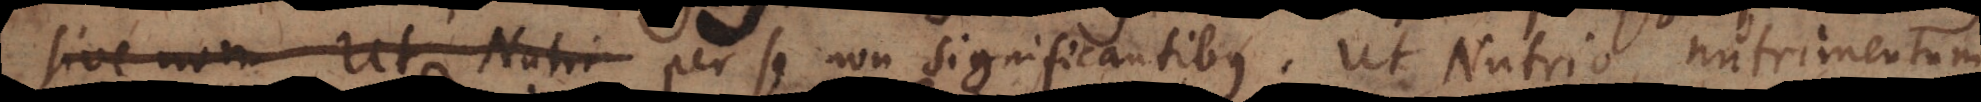
sive non. Ut Nutri per se non significantibus, ut Nutrio, nutrimentum,